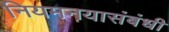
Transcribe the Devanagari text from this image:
नियमनयासंबंधी